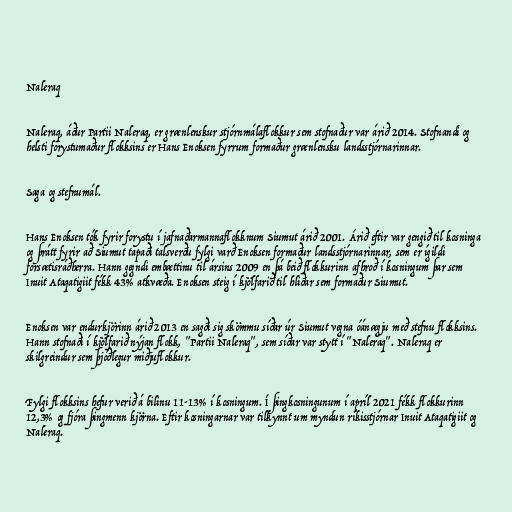
Naleraq

Naleraq, áður Partii Naleraq, er grænlenskur stjórnmálaflokkur sem stofnaður var árið 2014. Stofnandi og
helsti forystumaður flokksins er Hans Enoksen fyrrum formaður grænlensku landsstjórnarinnar.

Saga og stefnumál.

Hans Enoksen tók fyrir forystu í jafnaðarmannaflokknum Siumut árið 2001. Árið eftir var gengið til kosninga
og þrátt fyrir að Siumut tapaði talsverðu fylgi varð Enoksen formaður landsstjórnarinnar, sem er ígildi
forsætisráðherra. Hann gegndi embættinu til ársins 2009 en þá beið flokkurinn afhroð í kosningum þar sem
Inuit Ataqatigiit fékk 43% atkvæða. Enoksen steig í kjölfarið til hliðar sem formaður Siumut.

Enoksen var endurkjörinn árið 2013 en sagði sig skömmu síðar úr Siumut vegna óánægju með stefnu flokksins.
Hann stofnaði í kjölfarið nýjan flokk, "Partii Naleraq", sem síðar var stytt í "Naleraq". Naleraq er
skilgreindur sem þjóðlegur miðjuflokkur.

Fylgi flokksins hefur verið á bilinu 11-13% í kosningum. Í þingkosningunum í apríl 2021 fékk flokkurinn
12,3% og fjóra þingmenn kjörna. Eftir kosningarnar var tilkynnt um myndun ríkisstjórnar Inuit Ataqatigiit og
Naleraq.